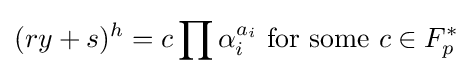
(ry+s)^{h}=c\prod \alpha _{i}^{a_{i}}{\text{ for some }}c\in F_{p}^{*}